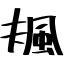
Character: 𩖬